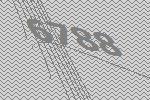
6788